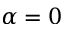
\alpha = 0